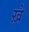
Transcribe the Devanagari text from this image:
ख़े